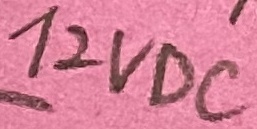
Text: 12vdc